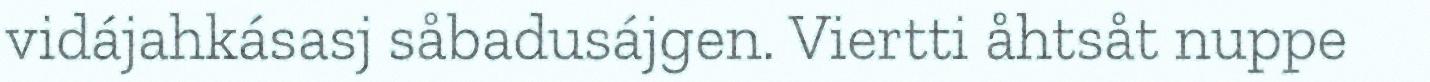
vidájahkásasj såbadusájgen. Viertti åhtsåt nuppe